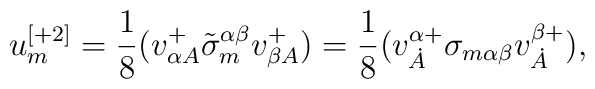
u^{[+2]}_m=\frac18(v^{+}_{\alpha A}\tilde \sigma_m^{\alpha\beta}v^{+}_{\beta A})=\frac18(v^{\alpha+}_{\dot A}\sigma_{m\alpha\beta}v^{\beta+}_{\dot A}),